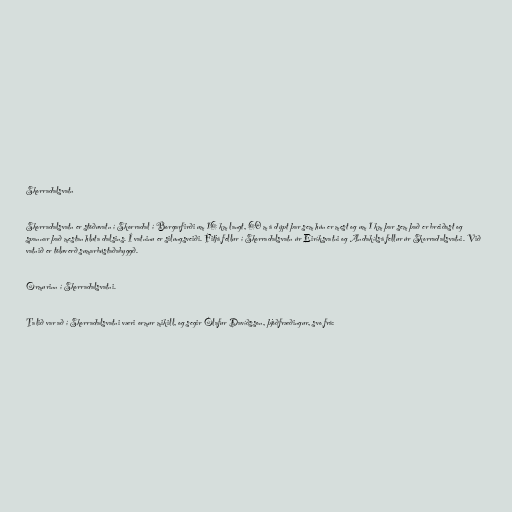
Skorradalsvatn

Skorradalsvatn er stöðuvatn í Skorradal í Borgarfirði um 16 km langt, 60 m á dýpt þar sem hún er mest og um 1 km þar sem það er breiðast og
spannar það mestan hluta dalsins. Í vatninu er silungsveiði. Fitjá fellur í Skorradalsvatn úr Eiríksvatni og Andakílsá fellur úr Skorradalsvatni. Við
vatnið er töluverð sumarbústaðabyggð.

Ormurinn í Skorradalsvatni.

Talið var að í Skorradalsvatni væri ormur mikill, og segir Ólafur Davíðsson, þjóðfræðingur, svo frá: